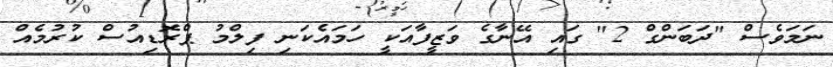
ނަމަވެސް "ދަބަންގް 2" ގައި އޭނާގެ ވަޒީފާއަކީ ހަމައެކަނި ފިލްމު ޕްރޮޑިއުސް ކުރުމެއް